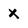
Character: X